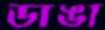
ডাঙা